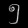
Digit: ၅